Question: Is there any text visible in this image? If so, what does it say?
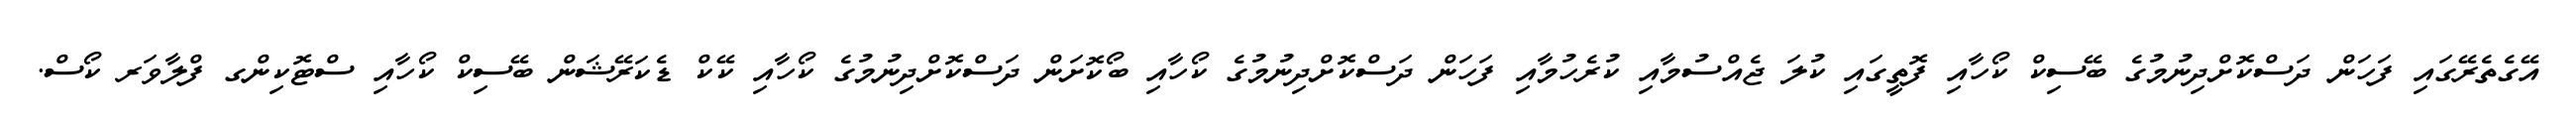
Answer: އޭގެތެރޭގައި ފަހަން ދަސްކޮށްދިނުމުގެ ބޭސިކް ކޯހާއި ފޮތީގައި ކުލަ ޖެއްސުމާއި ކުރެހުމާއި ފަހަން ދަސްކޮށްދިނުމުގެ ކޯހާއި ބޯކޮށަން ދަސްކޮށްދިނުމުގެ ކޯހާއި ކޭކް ޑެކަރޭޝަން ބޭސިކް ކޯހާއި ސްޓޮކިންގ ފްލާވަރ ކޯސް.